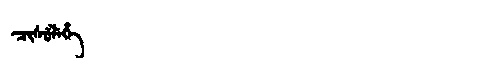
Manchu: ᠴᡳᠰᡠᠯᡝᡥᡝ
Romanization: CISULEHE